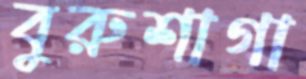
বুরুশাগা